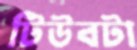
টিউবটা